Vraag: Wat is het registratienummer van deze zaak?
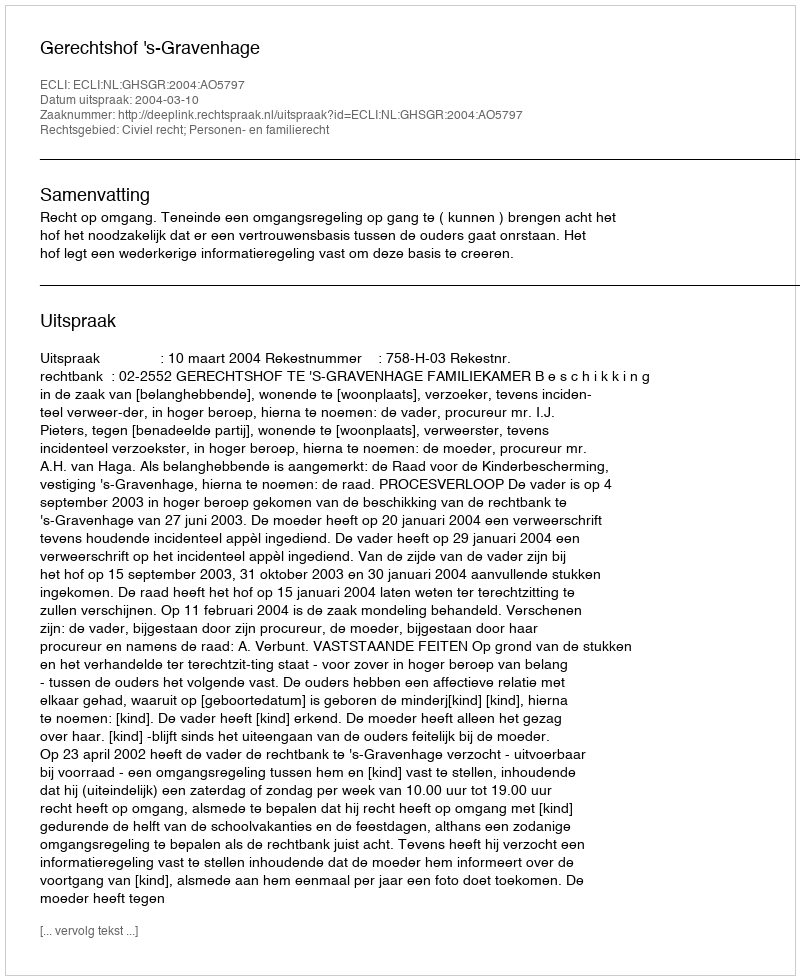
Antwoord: http://deeplink.rechtspraak.nl/uitspraak?id=ECLI:NL:GHSGR:2004:AO5797